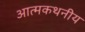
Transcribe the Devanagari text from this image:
आत्मकथनीय